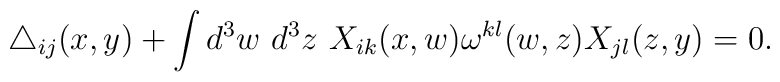
\triangle_{ij}(x,y) +   \int d^3 w~ d^3 z~        X_{ik}(x,w) \omega^{kl}(w,z) X_{jl}(z,y)         = 0.